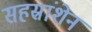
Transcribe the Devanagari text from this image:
सहस्रांशेन